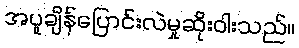
အပူချိန်ပြောင်းလဲမှုဆိုးဝါးသည်။